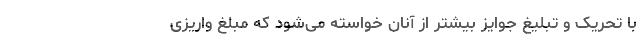
با تحریک و تبلیغ جوایز بیشتر از آنان خواسته می‌شود که مبلغ واریزی